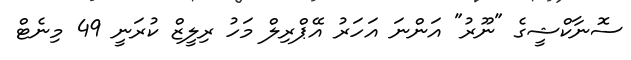
ސޮނާކްޝީގެ "ނޫރު" އަންނަ އަހަރު އޭޕްރިލް މަހު ރިލީޒް ކުރަނީ 49 މިނެޓް